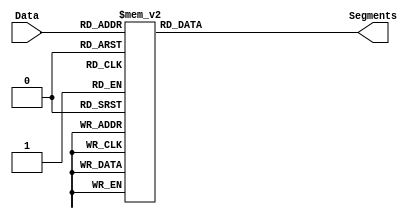
`timescale 1ns / 1ps
//////////////////////////////////////////////////////////////////////////////////
// Company: 
// Engineer: 
// 
// Design Name: 
// Module Name:    SevSeg 
// Project Name: 
// Target Devices: 
// Tool versions: 
// Description: 
//
// Dependencies: 
//
// Revision: 
// Revision 0.01 - File Created
// Additional Comments: 
//
//////////////////////////////////////////////////////////////////////////////////
module SevSeg(
    input [3:0] Data,
    output [7:0] Segments
    );

	reg [7:0] SegmentsInt;

	assign Segments=SegmentsInt;

	always @(Data)
		case (Data)
			4'h0 : SegmentsInt<=8'b00000011;
			4'h1 : SegmentsInt<=8'b10011111;
			4'h2 : SegmentsInt<=8'b00100101;
			4'h3 : SegmentsInt<=8'b00001101;
			4'h4 : SegmentsInt<=8'b10011001;
			4'h5 : SegmentsInt<=8'b01001001;
			4'h6 : SegmentsInt<=8'b01000001;
			4'h7 : SegmentsInt<=8'b00011111;
			4'h8 : SegmentsInt<=8'b00000001;
			4'h9 : SegmentsInt<=8'b00001001;
			4'hA : SegmentsInt<=8'b00010001;
			4'hB : SegmentsInt<=8'b11000001;
			4'hC : SegmentsInt<=8'b01100011;
			4'hD : SegmentsInt<=8'b10000101;
			4'hE : SegmentsInt<=8'b01100001;
			4'hF : SegmentsInt<=8'b01110001;
			default : SegmentsInt<=8'b11000101;
		endcase                
endmodule